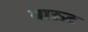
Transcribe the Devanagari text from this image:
बाऊट